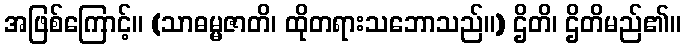
အဖြစ်ကြောင့်။ (သာဓမ္မဇာတိ၊ ထိုတရားသဘောသည်။) ဌိတိ၊ ဌိတိမည်၏။